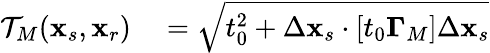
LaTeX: \begin{array}{rl}{{\cal T}_{M}({\mathbf x}_{s},{\mathbf x}_{r})}&{{}=\sqrt{t_{0}^{2}+\Delta{\mathbf x}_{s}\cdot[t_{0}{\mathbf\Gamma}_{M}]\Delta{\mathbf x}_{s}}}\end{array}